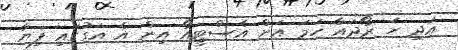
އަދި ހަ ރޯދައާ ހަމަ އަށް އެސްޓީއޯ އިން އެ އަގުގައި ފިޔާ